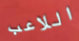
اللاعب